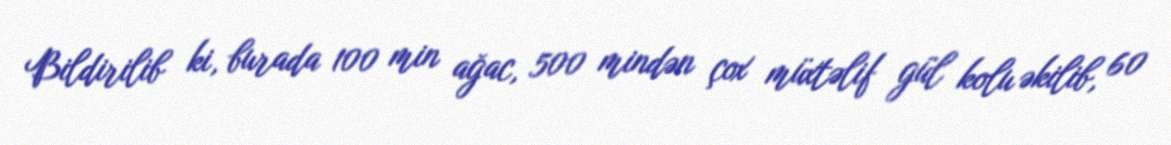
Bildirilib ki, burada 100 min ağac, 500 mindən çox müxtəlif gül kolu əkilib, 60